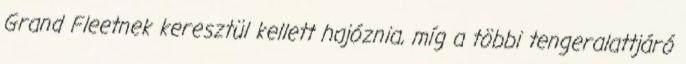
Grand Fleetnek keresztül kellett hajóznia, míg a többi tengeralattjáró